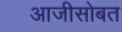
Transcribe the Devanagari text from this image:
आजीसोबत